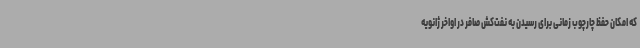
که امکان حفظ چارچوب زمانی برای رسیدن به نفت‌کش صافر در اواخر ژانویه